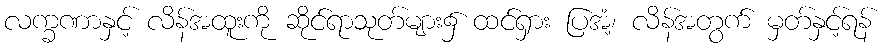
လက္ခဏာနှင့် လိန်အထူးကို ဆိုင်ရာသုတ်များ၌ ထင်ရှား ပြအံ့၊ လိန်အတွက် မှတ်နှင့်ရန်